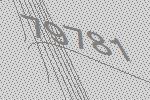
79781